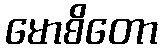
မောစိတော